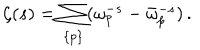
LaTeX: \zeta ( s ) = \sum _ { \{ p \} } ( \omega _ { p } ^ { - s } - \bar { \omega } _ { p } ^ { - s } ) \, { . }